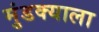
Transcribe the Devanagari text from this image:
मुंडक्याला